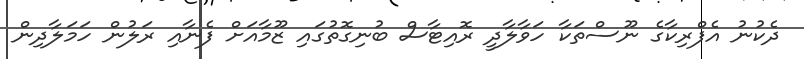
ދެކުނު އެފްރިކާގެ ނޫސްތަކާ ހަވާލާދީ ރޮއިޓާސް ބުނިގޮތުގައި ޒޫމާއަށް ފެނާއި ރަލުން ހަމަލާދިން